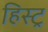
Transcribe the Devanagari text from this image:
हिस्ट्र